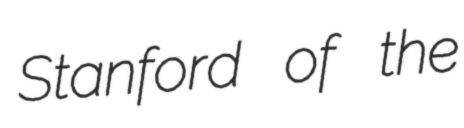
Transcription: Stanford of the